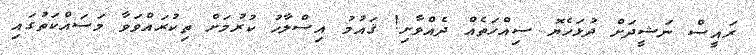
ރައީސް ނަޝީދަށް ދުޅަހެޔޮ ސިއްހަތެއް ދެއްވާށި! ޤައުމު އިސްލާހު ކުރުމަށް ތިކުރައްވަވާ މަސައްކަތުގައި